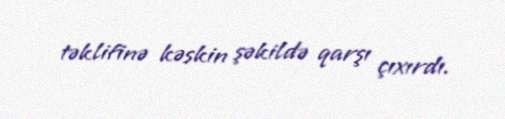
təklifinə kəskin şəkildə qarşı çıxırdı.